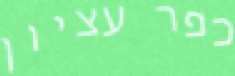
כפר עציון